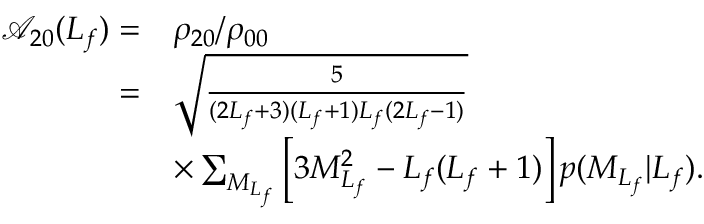
\begin{array} { r l } { \mathcal { A } _ { 2 0 } ( L _ { f } ) = } & { \rho _ { 2 0 } / \rho _ { 0 0 } } \\ { = } & { \sqrt { \frac { 5 } { ( 2 L _ { f } + 3 ) ( L _ { f } + 1 ) L _ { f } ( 2 L _ { f } - 1 ) } } } \\ & { \times \sum _ { M _ { L _ { f } } } \left[ 3 { M } _ { L _ { f } } ^ { 2 } - L _ { f } ( L _ { f } + 1 ) \right] p ( { M } _ { L _ { f } } \vert L _ { f } ) . } \end{array}